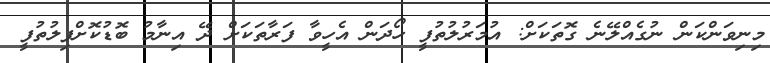
މިނިވަންކަން ނުގެއްލޭނެ ގޮތަކަށް: އުމަރުލުތުފީ ހޯދަން އެހީވާ ފަރާތަކަށް ދޭ އިނާމު ބޮޑުކޮށްފިލުތުފީ